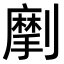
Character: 𠠒